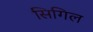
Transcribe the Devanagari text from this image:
सिगिल